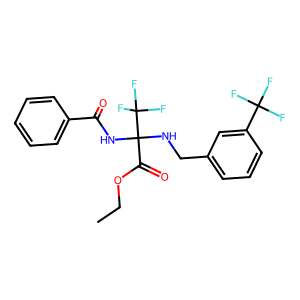
SMILES: CCOC(=O)C(NCc1cccc(C(F)(F)F)c1)(NC(=O)c1ccccc1)C(F)(F)F
Inhibits HIV replication: No